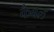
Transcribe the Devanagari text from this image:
कैबल